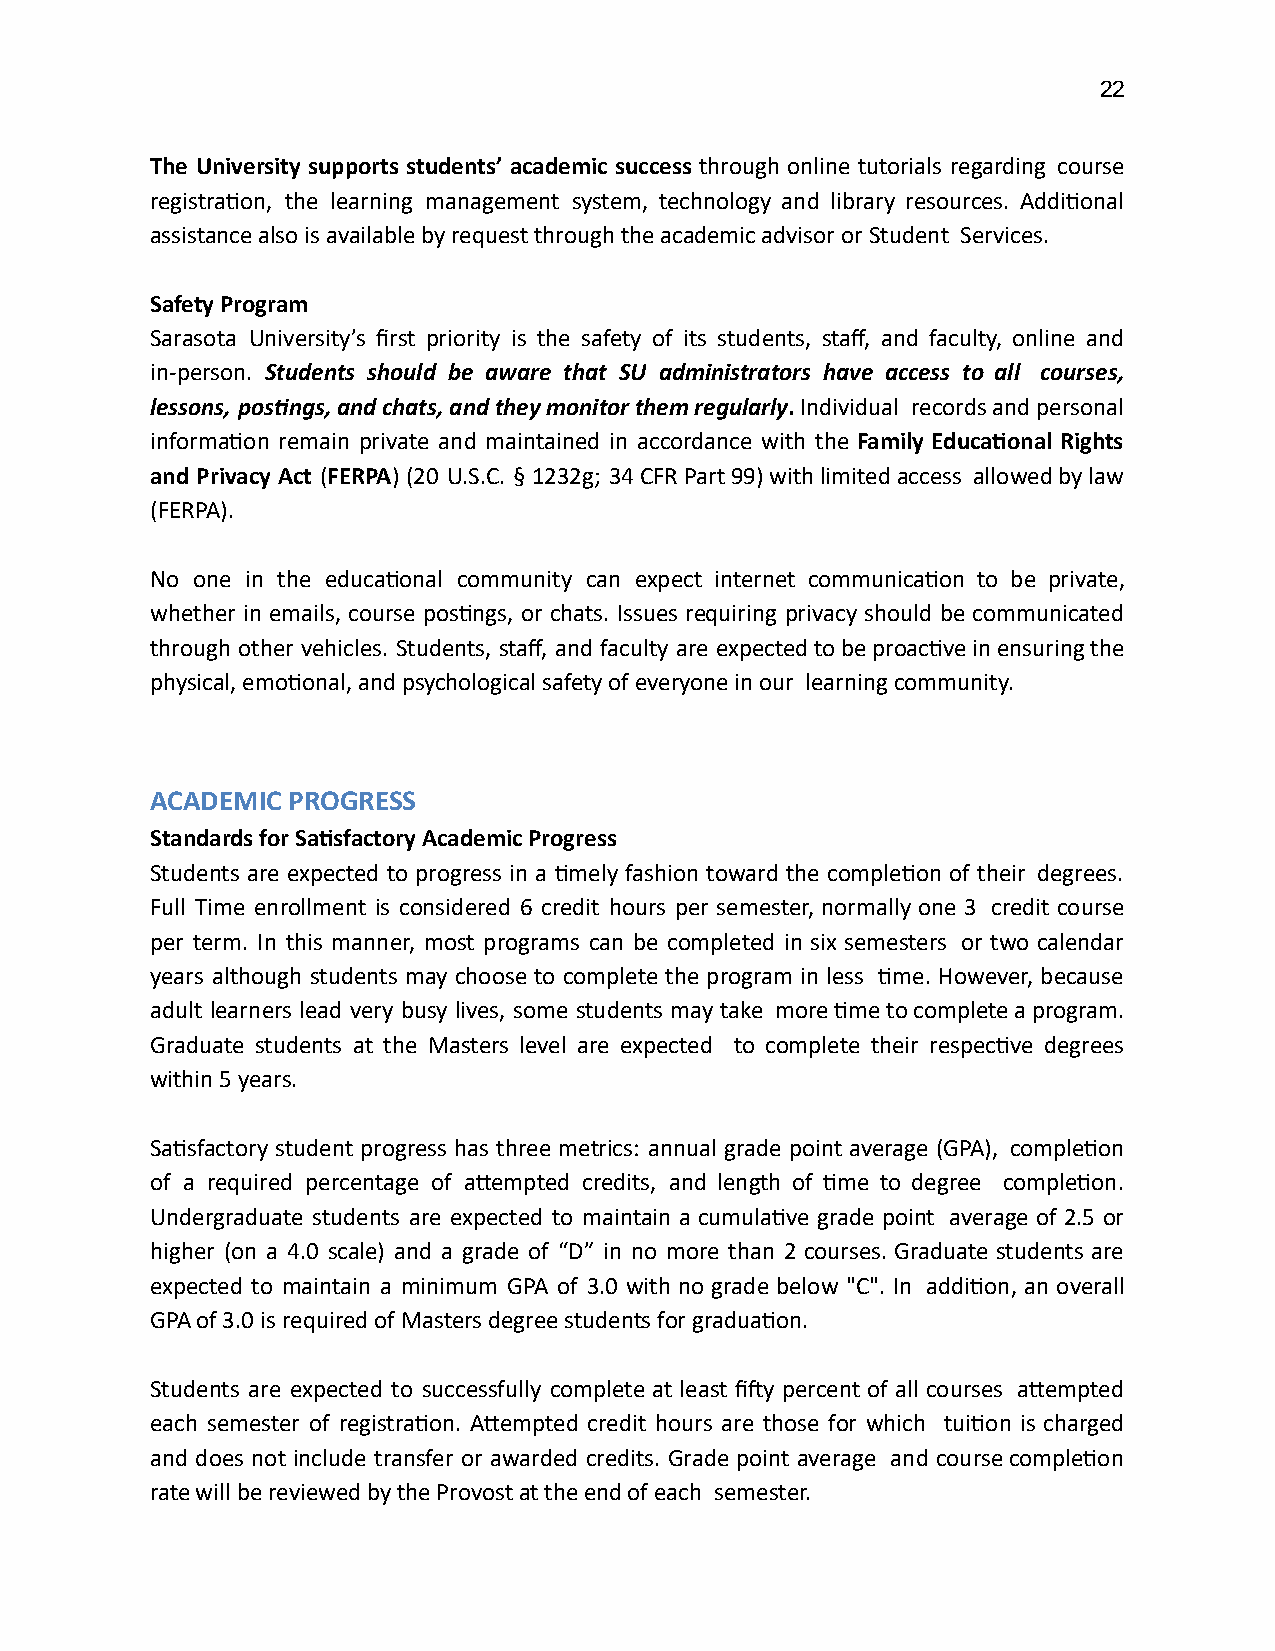
22
 The University supports students’ academic success through online tutorials regarding course
 registraon, the learning management system, technology and library resources. Addional
 assistance also is available by request through the academic advisor or Student Services.
 Safety Program
 Sarasota University’s first priority is the safety of its students, staff, and faculty, online and
 in-person. Students should be aware that SU administrators have access to all courses,
 lessons, posngs, and chats, and they monitor them regularly . Individual records and personal
 informaon remain private and maintained in accordance with the Family Educaonal Rights
 and Privacy Act ( FERPA ) (20 U.S.C. § 1232g; 34 CFR Part 99) with limited access allowed by law
 (FERPA).
 No one in the educaonal community can expect internet communicaon to be private,
 whether in emails, course posngs, or chats. Issues requiring privacy should be communicated
 through other vehicles. Students, staff, and faculty are expected to be proacve in ensuring the
 physical, emoonal, and psychological safety of everyone in our learning community.
 ACADEMIC PROGRESS
 Standards for Sasfactory Academic Progress
 Students are expected to progress in a mely fashion toward the compleon of their degrees.
 Full Time enrollment is considered 6 credit hours per semester, normally one 3 credit course
 per term. In this manner, most programs can be completed in six semesters or two calendar
 years although students may choose to complete the program in less me. However, because
 adult learners lead very busy lives, some students may take more me to complete a program.
 Graduate students at the Masters level are expected to complete their respecve degrees
 within 5 years.
 Sasfactory student progress has three metrics: annual grade point average (GPA), compleon
 of a required percentage of aempted credits, and length of me to degree compleon.
 Undergraduate students are expected to maintain a cumulave grade point average of 2.5 or
 higher (on a 4.0 scale) and a grade of “D” in no more than 2 courses. Graduate students are
 expected to maintain a minimum GPA of 3.0 with no grade below "C". In addion, an overall
 GPA of 3.0 is required of Masters degree students for graduaon.
 Students are expected to successfully complete at least fiy percent of all courses aempted
 each semester of registraon. Aempted credit hours are those for which tuion is charged
 and does not include transfer or awarded credits. Grade point average and course compleon
 rate will be reviewed by the Provost at the end of each semester.